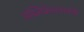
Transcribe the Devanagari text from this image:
पब्लिकेशनातर्फे